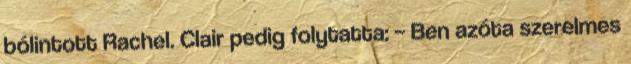
bólintott Rachel. Clair pedig folytatta: – Ben azóta szerelmes